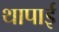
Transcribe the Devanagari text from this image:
थापाई